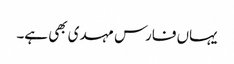
یہاں فارس مہدی بھی ہے۔